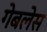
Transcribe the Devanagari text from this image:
गेबलेस